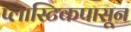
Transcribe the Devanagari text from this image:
प्लास्टिकपासून